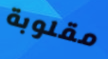
مقلوبة